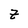
Character: Z